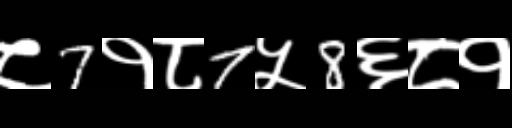
Text: ८7१८7५8६८१